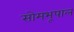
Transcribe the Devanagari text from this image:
सोमभूपाल